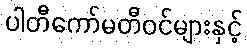
ပါတီကော်မတီဝင်များနှင့်